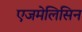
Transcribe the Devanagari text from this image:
एजमेलिसिन